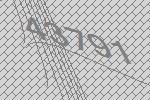
43791